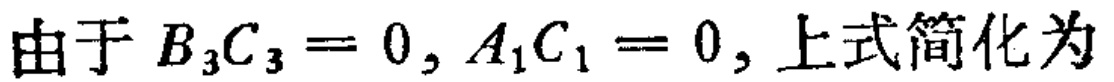
由于 \(B_{3}C_{3}=0, A_{1}C_{1}=0\), 上式简化为